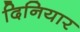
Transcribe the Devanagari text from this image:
दिनियार